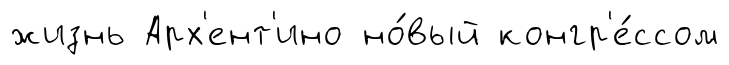
жизнь Арх'ент'ино но́вый конгр'е́ссом